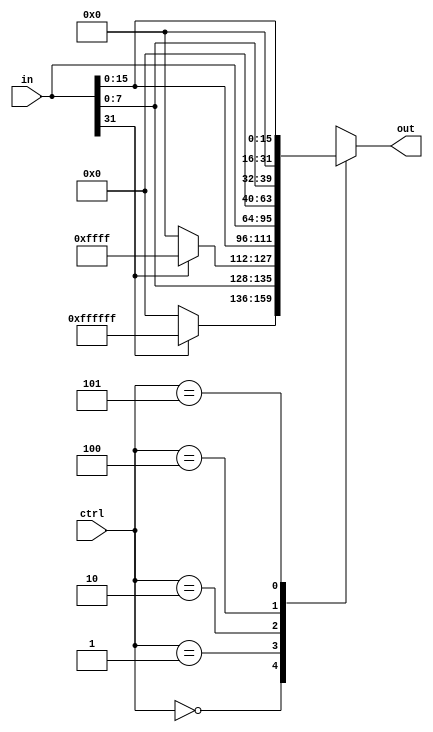
module Load_Length_Changer(in, ctrl, out);
    input [31:0] in;
    input [2:0] ctrl;
    output [31:0] out;

    assign out = changer(ctrl);

    function [31:0] changer( input [2:0] ctrl );
        begin
            case(ctrl)
            3'b000: changer = { (in[31] == 0) ? 24'h000000 : 24'hffffff , in[7:0] };
            3'b001: changer = { (in[31] == 0) ? 16'h0000 : 16'hffff , in[15:0] };
            3'b010: changer = in;
            3'b100: changer = { 24'h000000 , in[7:0] };
            3'b101: changer = { 16'h0000 , in[15:0] };
            endcase
        end
    endfunction
endmodule